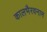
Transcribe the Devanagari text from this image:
कालभैरवनाम